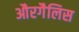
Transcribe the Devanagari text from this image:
औरगैलिस